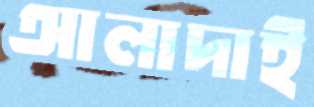
আলাদাই